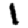
Digit: 1